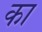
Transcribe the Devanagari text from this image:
का